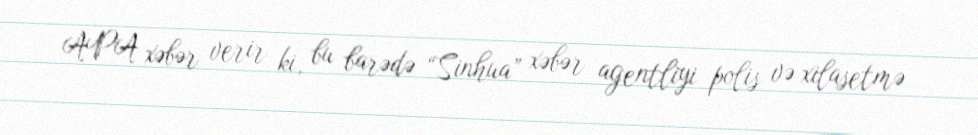
APA xəbər verir ki, bu barədə “Sinhua” xəbər agentliyi polis və xilasetmə